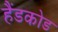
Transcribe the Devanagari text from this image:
हैंडकोड